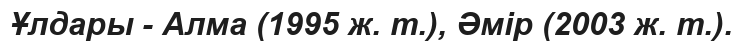
Ұлдары - Алмa (1995 ж. т.), Әмір (2003 ж. т.).